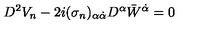
D ^ { 2 } V _ { n } - 2 i ( \sigma _ { n } ) _ { \alpha \dot { \alpha } } D ^ { \alpha } { \bar { W } } ^ { \dot { \alpha } } = 0